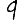
Digit: 9